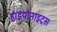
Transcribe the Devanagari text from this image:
हाइपोनाइट्रस